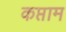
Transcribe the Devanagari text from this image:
कप्ताम